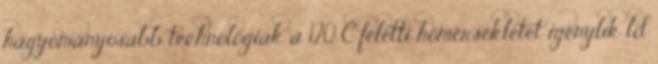
hagyományosabb technológiák a 120 C feletti hőmérsékletet igénylik ld